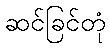
ဆင်ခြင်တုံ